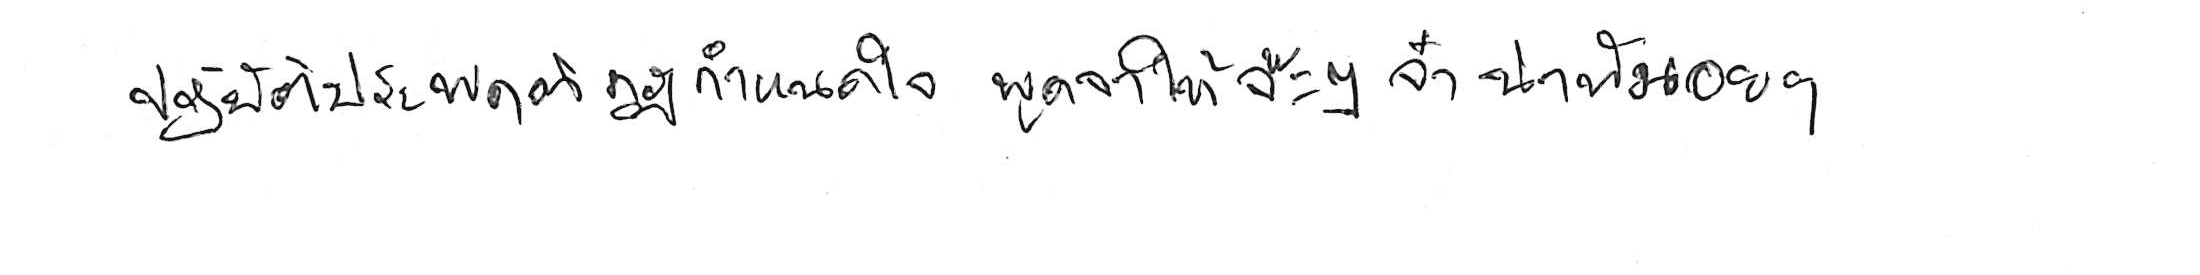
ปฏิบัติประพฤติกฎกำหนดใจ พูดจาให้จ๊ะๆ จ๋า น่าฟังเอยฯ